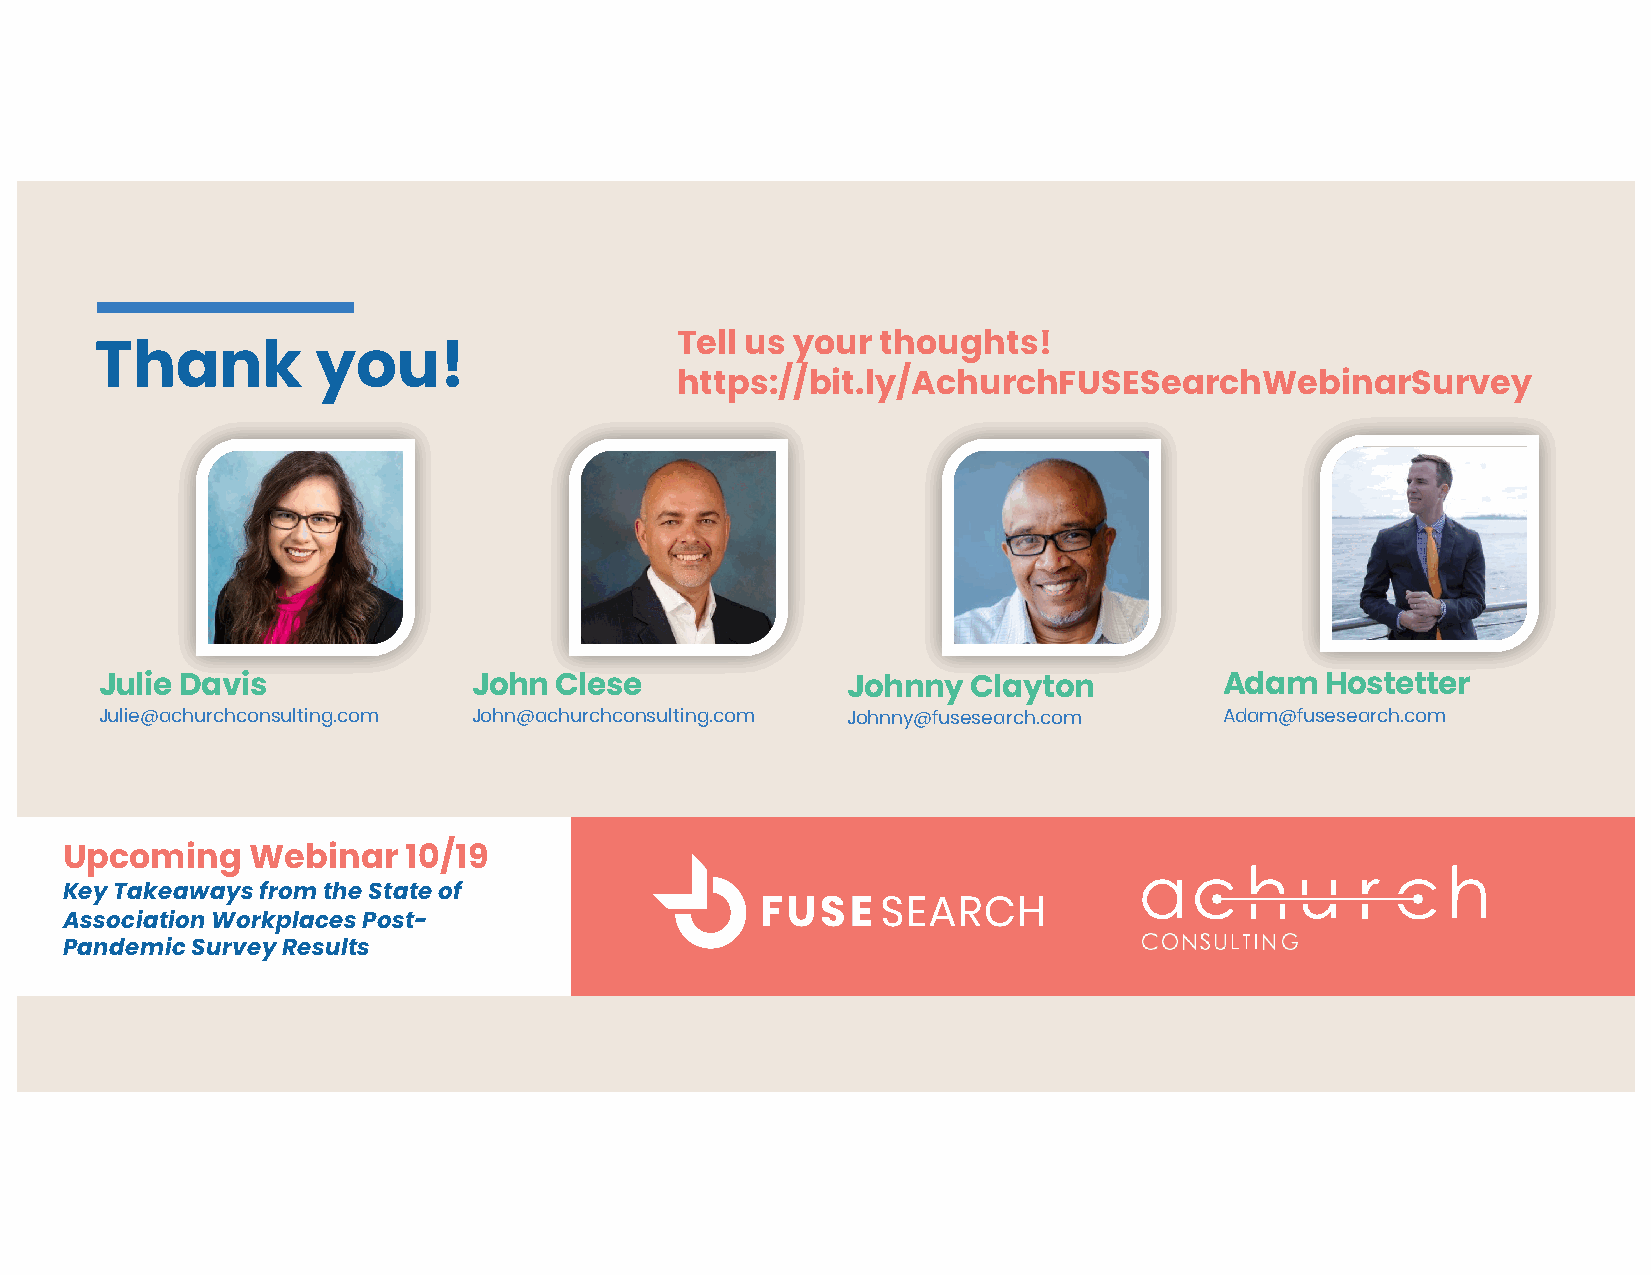
Tell us your thoughts!
 Thank          you!
 https://bit.ly/AchurchFUSESearchWebinarSurvey
 Julie Davis             John  Clese              Johnny  Clayton          Adam   Hostetter
 Julie@achurchconsulting.com John@achurchconsulting.com Johnny@fusesearch.com Adam@fusesearch.com
 Upcoming     Webinar   10/19
 Key Takeaways from the State of
 Association Workplaces Post-
 Pandemic Survey Results